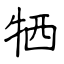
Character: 牺